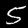
Digit: 5